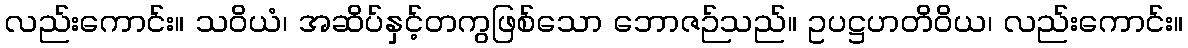
လည်းကောင်း။ သဝိယံ၊ အဆိပ်နှင့်တကွဖြစ်သော ဘောဇဉ်သည်။ ဥပဋ္ဌဟတိဝိယ၊ လည်းကောင်း။